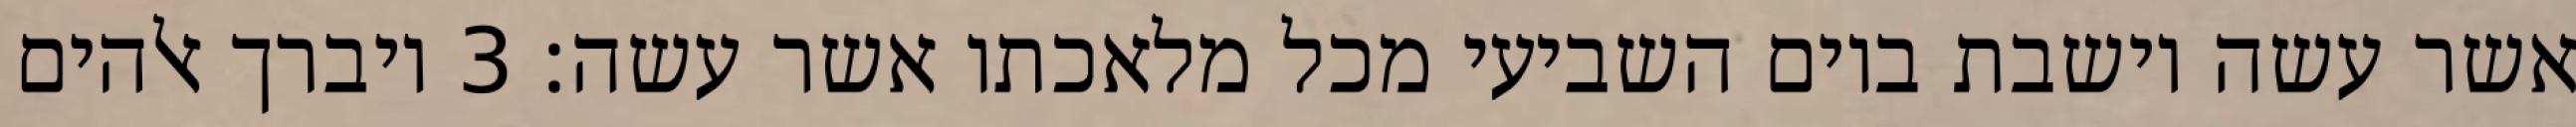
אשר עשה וישבת ביום השביעי מכל מלאכתו אשר עשה׃ ‎3‏ ויברך אלהים